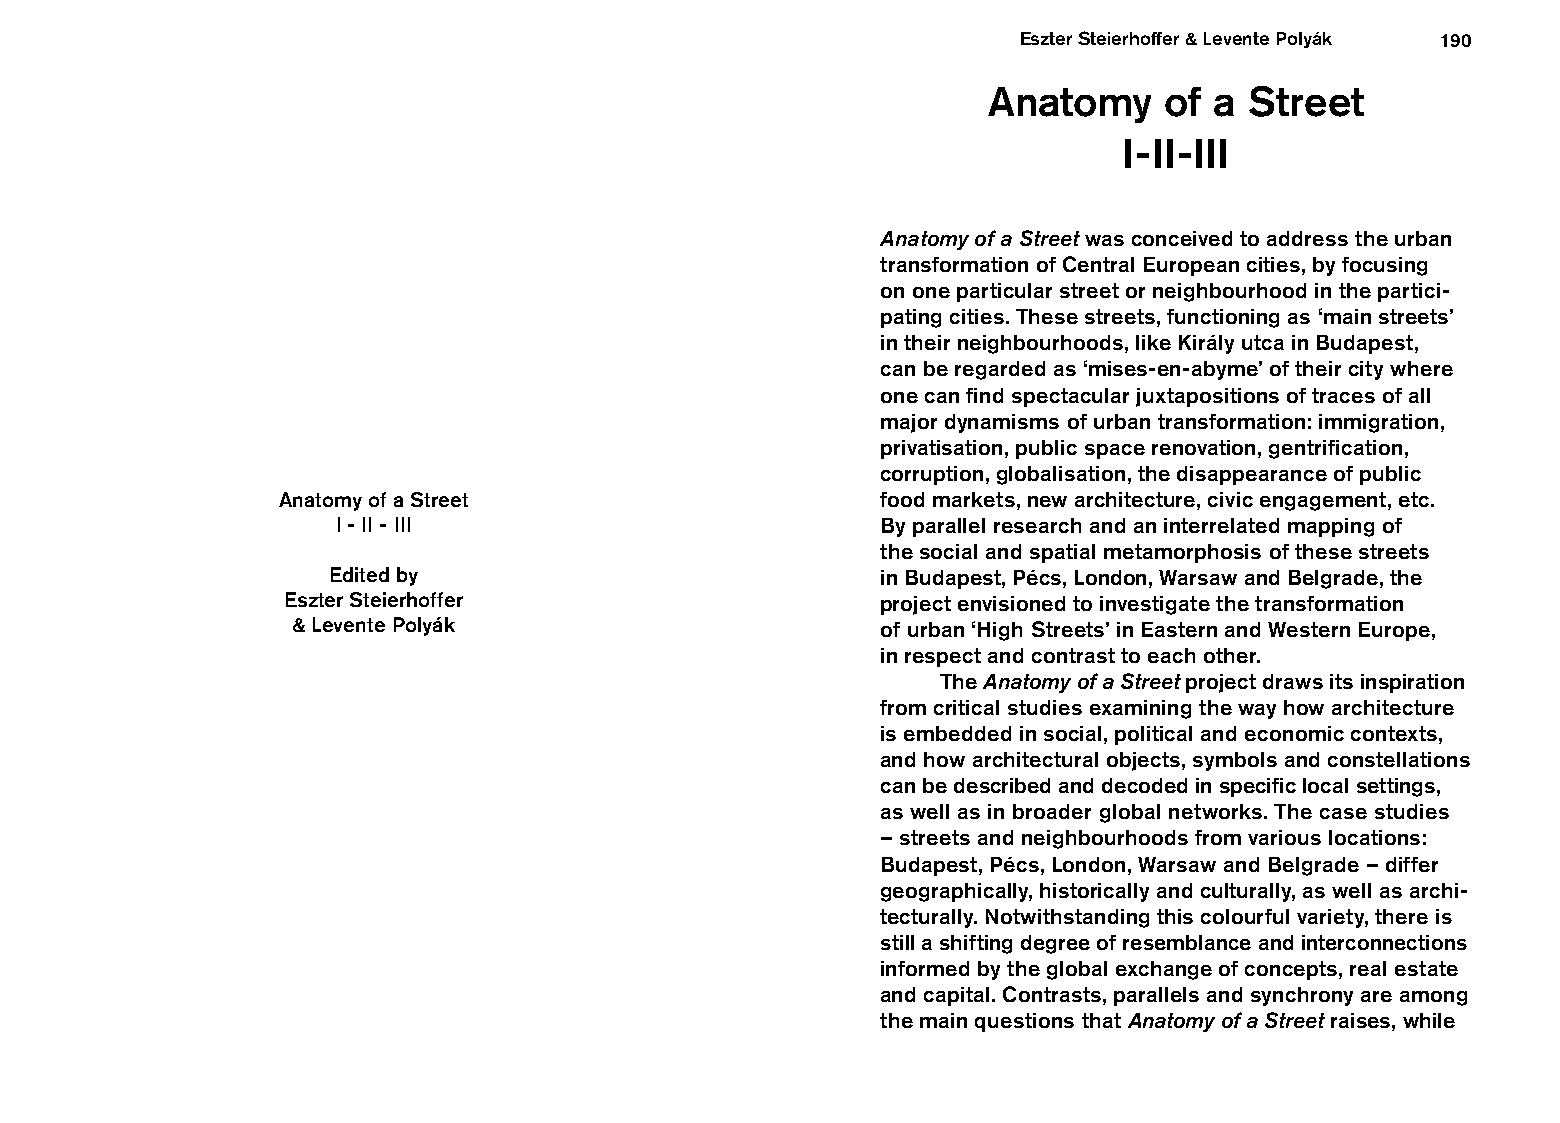
Eszter Steierhoffer & Levente Polyák 190
 Anatomy     of a  Street
 I-II-III
 Anatomy of a Street was conceived to address the urban
 transformation of Central European cities, by focusing
 on one particular street or neighbourhood in the partici-
 pating cities. These streets, functioning as ‘main streets’
 in their neighbourhoods, like Király utca in Budapest,
 can be regarded as ‘mises-en-abyme’ of their city where
 one can find spectacular juxtapositions of traces of all
 major dynamisms of urban transformation: immigration,
 privatisation, public space renovation, gentrification,
 corruption, globalisation, the disappearance of public
 Anatomy of a Street                     food markets, new architecture, civic engagement, etc.
 I - II - III                        By parallel research and an interrelated mapping of
 the social and spatial metamorphosis of these streets
 Edited by                           in Budapest, Pécs, London, Warsaw and Belgrade, the
 Eszter Steierhoffer                    project envisioned to investigate the transformation
 & Levente Polyák                       of urban ‘High Streets’ in Eastern and Western Europe,
 in respect and contrast to each other.
 The Anatomy of a Street project draws its inspiration
 from critical studies examining the way how architecture
 is embedded in social, political and economic contexts,
 and how architectural objects, symbols and constellations
 can be described and decoded in specific local settings,
 as well as in broader global networks. The case studies
 – streets and neighbourhoods from various locations:
 Budapest, Pécs, London, Warsaw and Belgrade – differ
 geographically, historically and culturally, as well as archi-
 tecturally. Notwithstanding this colourful variety, there is
 still a shifting degree of resemblance and interconnections
 informed by the global exchange of concepts, real estate
 and capital. Contrasts, parallels and synchrony are among
 the main questions that Anatomy of a Street raises, while